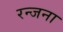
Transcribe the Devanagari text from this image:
रन्जना